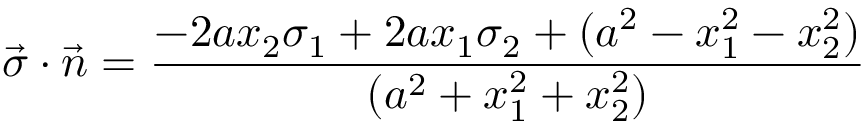
\vec { \sigma } \cdot \vec { n } = { \frac { - 2 a x _ { 2 } \sigma _ { 1 } + 2 a x _ { 1 } \sigma _ { 2 } + ( a ^ { 2 } - x _ { 1 } ^ { 2 } - x _ { 2 } ^ { 2 } ) } { ( a ^ { 2 } + x _ { 1 } ^ { 2 } + x _ { 2 } ^ { 2 } ) } }